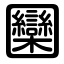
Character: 圞